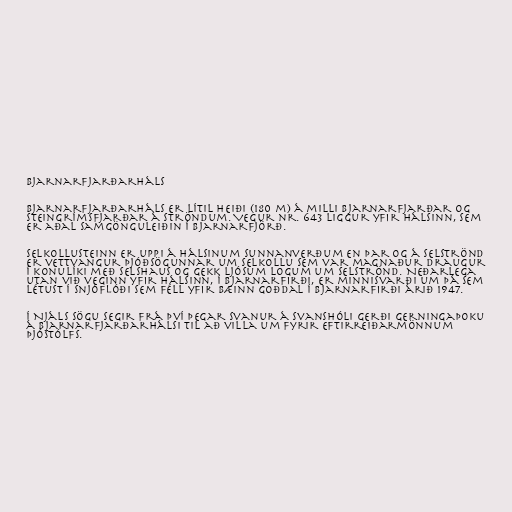
Bjarnarfjarðarháls

Bjarnarfjarðarháls er lítil heiði (180 m) á milli Bjarnarfjarðar og
Steingrímsfjarðar á Ströndum. Vegur nr. 643 liggur yfir hálsinn, sem
er aðal samgönguleiðin í Bjarnarfjörð.

Selkollusteinn er uppi á hálsinum sunnanverðum en þar og á Selströnd
er vettvangur þjóðsögunnar um Selkollu sem var magnaður draugur
í konulíki með selshaus og gekk ljósum logum um Selströnd. Neðarlega
utan við veginn yfir hálsinn, í Bjarnarfirði, er minnisvarði um þá sem
létust í snjóflóði sem féll yfir bæinn Goðdal í Bjarnarfirði árið 1947.

Í Njáls sögu segir frá því þegar Svanur á Svanshóli gerði gerningaþoku
á Bjarnarfjarðarhálsi til að villa um fyrir eftirreiðarmönnum
Þjóstólfs.